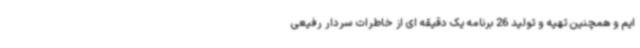
ایم و همچنین تهیه و تولید 26 برنامه یک دقیقه ای از خاطرات سردار رفیعی